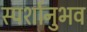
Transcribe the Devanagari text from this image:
स्पर्शानुभव